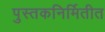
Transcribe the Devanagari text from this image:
पुस्तकनिर्मितीत